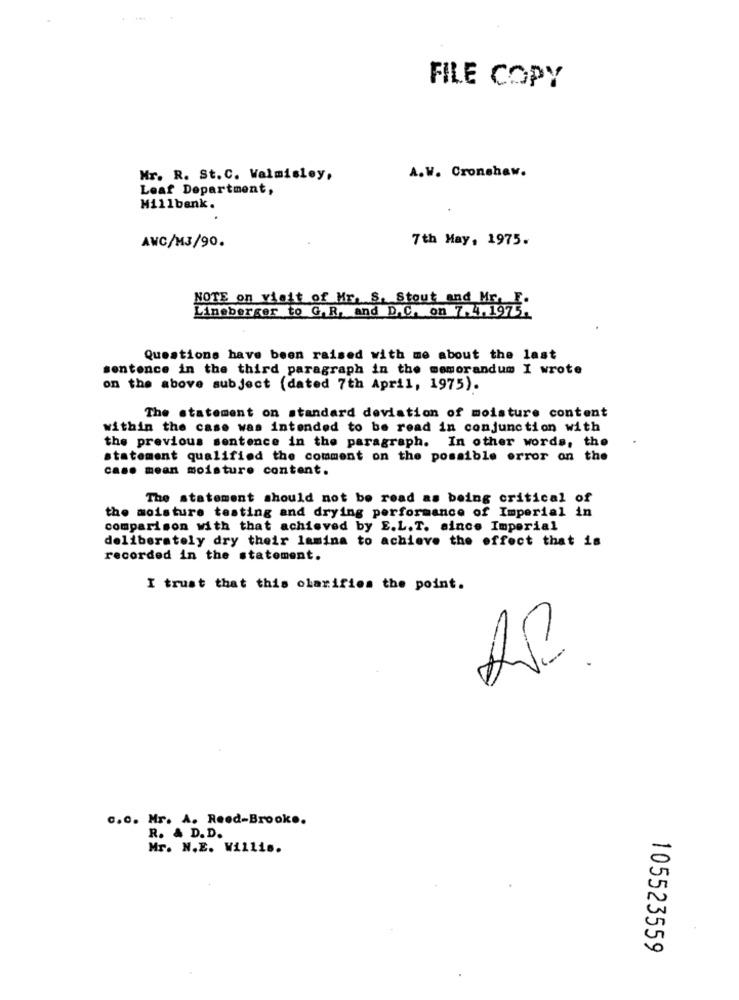
FILE COPY
A.W. Cronshaw.
Mr. R. St. C. Walmisley,
Leaf Department,
Millbank.
7th May, 1975.
AWC/M3/90.
NOTE on visit of Mr. S. Stout and Mr. E.
Lineberger to G.R. and D.C. on 7.4.1975.
Questions have been raised with me about the last
sentence in the third paragraph in the memorandum I wrote
on the above subject (dated 7th April, 1975).
The statement on standard deviation of moisture content
within the case was intended to be read in conjunction with
the previous sentence in the paragraph. In other words, the
statement qualified the comment on the possible error on the
caso mean moisture content.
The statement should not be read as being critical of
the moisture testing and drying performance of Imperial in
comparison with that achieved by E.L.T. aince Imperial
deliberately dry their lamina to achieve the effect that is
recorded in the statement.
I trust that this olarifies the point.
c.c. Mr. A. Reed-Brook ..
R. & D.D.
Mr. N.E. Willis.
105523559